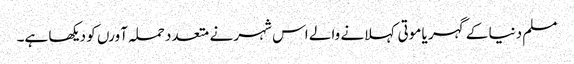
مسلم دنیا کے گہر یا موتی کہلانے والے اس شہر نے متعدد حملہ آورں کو دیکھا ہے۔